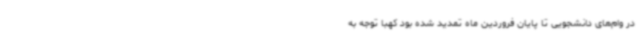
در وام‌های دانشجویی تا پایان فروردین ماه تمدید شده بود کهبا توجه به